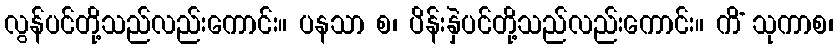
လွန်ပင်တို့သည်လည်းကောင်း။ ပနသာ စ၊ ပိန်းနှဲပင်တို့သည်လည်းကောင်း။ ကိံ သုကာစ၊